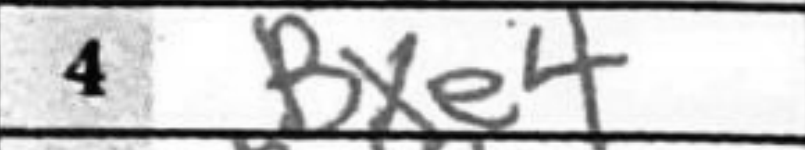
Transcription: Bxe4